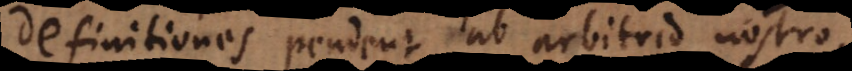
definitiones pendent ab arbitrio nostro